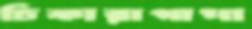
চিকারাগাপা